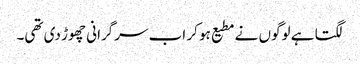
لگتا ہے لوگوں نے مطیع ہو کر اب سرگرانی چھوڑ دی تھی۔